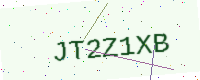
Text: JT2Z1XB